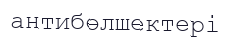
антибөлшектері